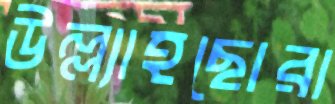
উল্ল্যাহছোরা